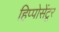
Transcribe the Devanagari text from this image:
हिप्पोसेंटूर